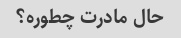
حال مادرت چطوره؟